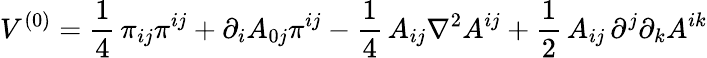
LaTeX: V^{(0)}=\frac{1}{4}\, \pi_{ij}\pi^{ij}+\partial_{i}A_{0j}\pi^{ij}-\frac{1}{4}\, A_{ij}\nabla^{2}A^{ij}+\frac{1}{2}\, A_{ij}\, \partial^{j}\partial_{k}A^{ik}